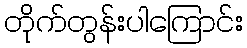
တိုက်တွန်းပါကြောင်း